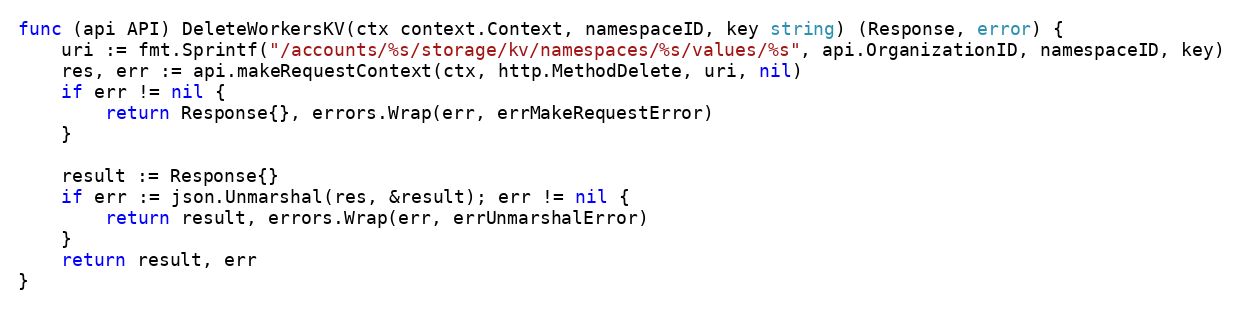
Language: Go
func (api API) DeleteWorkersKV(ctx context.Context, namespaceID, key string) (Response, error) {
	uri := fmt.Sprintf("/accounts/%s/storage/kv/namespaces/%s/values/%s", api.OrganizationID, namespaceID, key)
	res, err := api.makeRequestContext(ctx, http.MethodDelete, uri, nil)
	if err != nil {
		return Response{}, errors.Wrap(err, errMakeRequestError)
	}

	result := Response{}
	if err := json.Unmarshal(res, &result); err != nil {
		return result, errors.Wrap(err, errUnmarshalError)
	}
	return result, err
}